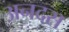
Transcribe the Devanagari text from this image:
अनदस